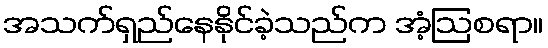
အသက်ရှည်နေနိုင်ခဲ့သည်က အံ့ဩစရာ။